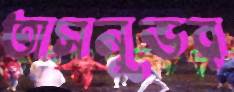
তাসনুভর